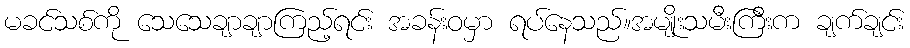
မခင်သစ်ကို သေသေချာချာကြည့်ရင်း အခန်းဝမှာ ရပ်နေသည်။အမျိုးသမီးကြီးက ချက်ချင်း